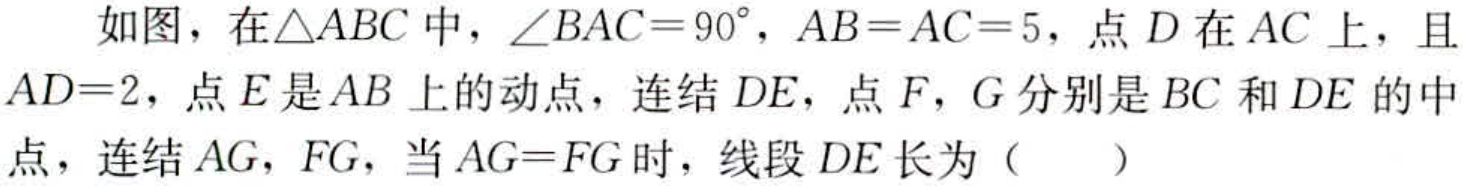
如图，在\(\triangle ABC\)中，\(\angle BAC = 90^{\circ}\)，\(AB = AC = 5\)，点\(D\)在\(AC\)上，且\(AD = 2\)，点\(E\)是\(AB\)上的动点，连结\(DE\)，点\(F\)，\(G\)分别是\(BC\)和\(DE\)的中点，连结\(AG\)，\(FG\)，当\(AG = FG\)时，线段\(DE\)长为（  ）